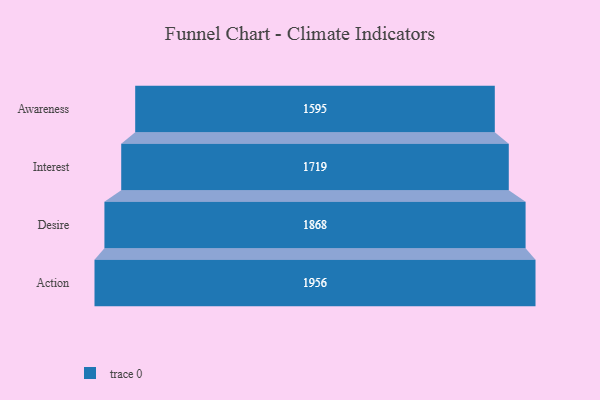
{"axis": {"x": "Stage", "y": "Value"}, "legend": [""], "data": [{"x": "Awareness", "y": 1595.0, "type": ""}, {"x": "Interest", "y": 1719.0, "type": ""}, {"x": "Desire", "y": 1868.0, "type": ""}, {"x": "Action", "y": 1956.0, "type": ""}]}